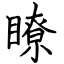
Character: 瞭